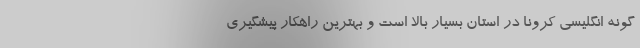
گونه انگلیسی کرونا در استان بسیار بالا است و بهترین راهکار پیشگیری